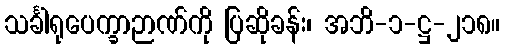
သင်္ခါရုပေက္ခာဉာဏ်ကို ပြဆိုခန်း၊ အဘိ-၁-ဋ္ဌ-၂၁၈။